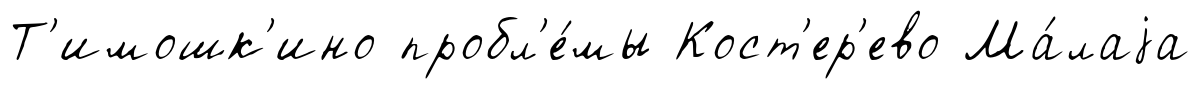
Т'имошк'ино пробл'е́мы Кост'ер'ево Ма́лаjа